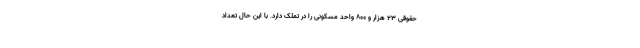
حقوقی ۲۳ هزار و ۸۰۰ واحد مسکونی را در تملک دارد. با این حال تعداد